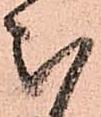
被